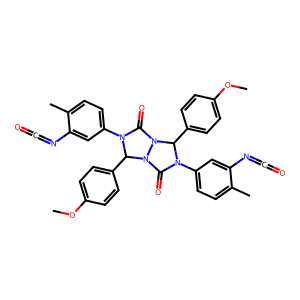
SMILES: COc1ccc(C2N(c3ccc(C)c(N=C=O)c3)C(=O)N3C(c4ccc(OC)cc4)N(c4ccc(C)c(N=C=O)c4)C(=O)N23)cc1
Inhibits HIV replication: No